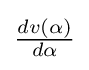
{\textstyle {\frac {dv(\alpha )}{d\alpha }}}